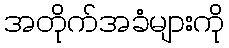
အတိုက်အခံများကို